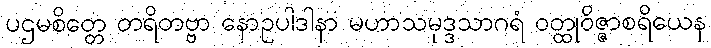
ပဌမစိတ္တေ တရိတဗ္ဗာ နောဥပါဒါနာ မဟာသမုဒ္ဒသာဂရံ ဝတ္ထုဝိဇ္ဇာစရိယေန